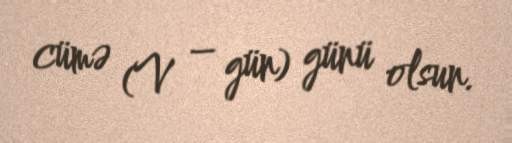
cümə (V – gün) günü olsun.